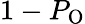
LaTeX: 1-P_{\mathrm{{O}}}